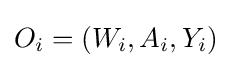
O_{i}=(W_{i},A_{i},Y_{i})